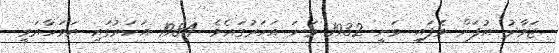
ޖަވާދު އުފަން ވެފައި ވަނީ 1932 ވަނަ އަހަރުގައެވެ. 1984 އަހަރުގައި އަވަހާރަވީ